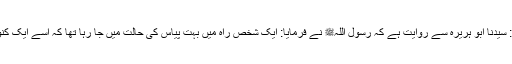
1505: سیدنا ابو ہریرہؓ سے روایت ہے کہ رسول اللہﷺ نے فرمایا: ایک شخص راہ میں بہت پیاس کی حالت میں جا رہا تھا کہ اسے ایک کنواں ملا۔